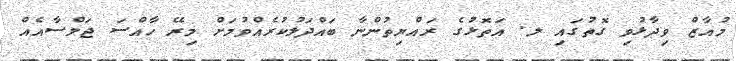
މުއާޒް ވިދާޅުވި ގޮތުގައި ލ. އަތޮޅުގެ ރައްޔިތުންނާ ބައްދަލުކުރެއްވުމަށް މިރޭ ހާއްސަ ޖަލްސާއެއް